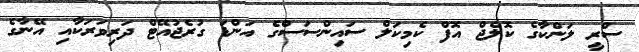
ސްރީ ލަންކާގެ ކޮލެޖް އޮފް ކެމިކަލް ސައިންސަސްގެ އަންޑަ ގުރެޖުއޭޓް ދަރިވަރަކާއި އޭނާގެ